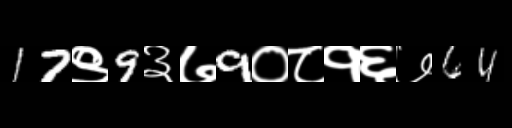
Text: 17९9३७9०८१६७64